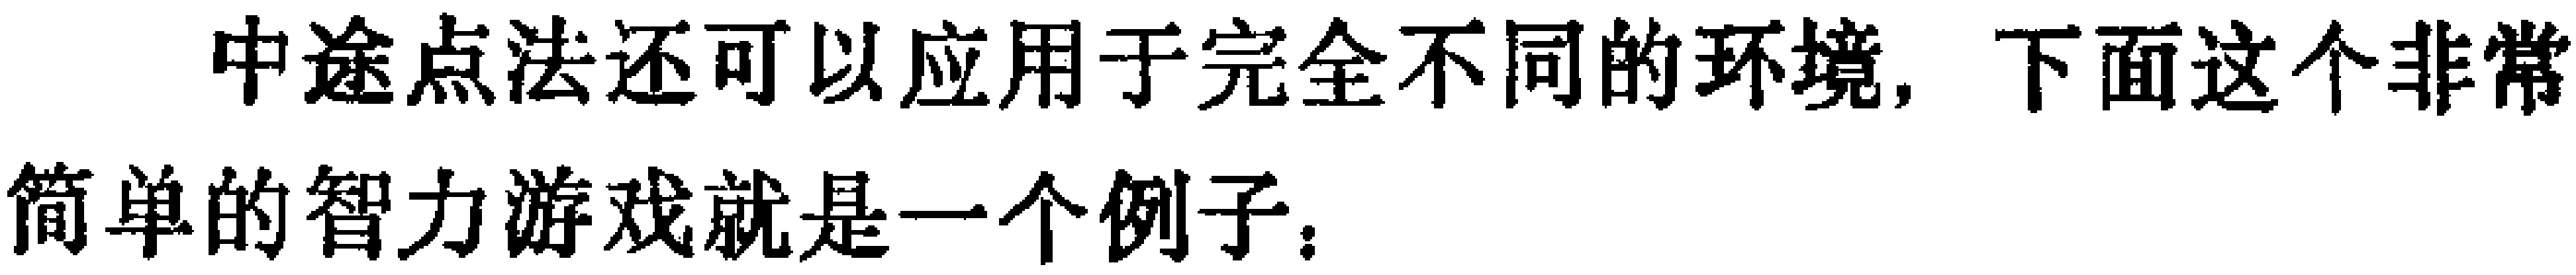
中途点法还可以应用于完全不同的环境, 下面这个非常
简单的智力游戏就是一个例子：